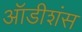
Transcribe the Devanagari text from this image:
ऑडीशंस